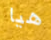
هيا